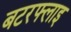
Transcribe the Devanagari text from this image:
बटरफ्लाइ